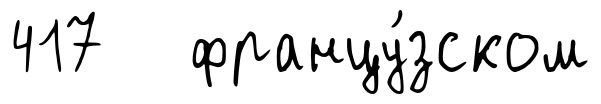
417 францу́зском